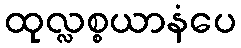
ထုလ္လစ္စယာနံပေ